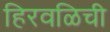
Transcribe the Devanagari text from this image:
हिरवळिची